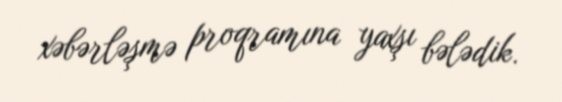
xəbərləşmə proqramına yaxşı bələdik.